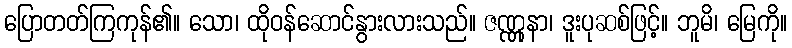
ပြောတတ်ကြကုန်၏။ သော၊ ထိုဝန်ဆောင်နွားလားသည်။ ဇဏ္ဏုနာ၊ ဒူးပုဆစ်ဖြင့်။ ဘူမိ၊ မြေကို။